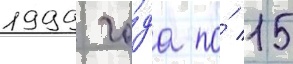
1999 го́да по́ 15